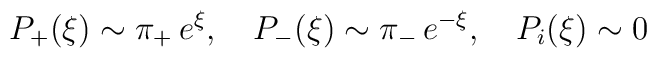
P_+(\xi) \sim\pi_+ \, e^\xi, \quad P_-(\xi) \sim \pi_-\, e^{-\xi},\quad P_i(\xi) \sim 0